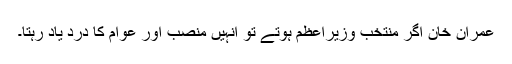
عمران خان اگر منتخب وزیراعظم ہوتے تو انہیں منصب اور عوام کا درد یاد رہتا۔